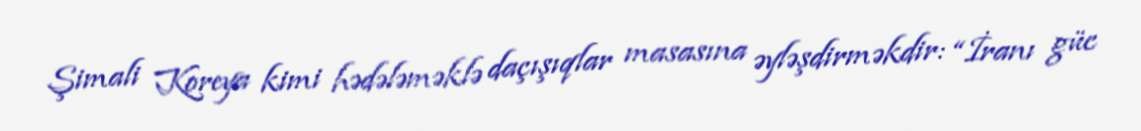
Şimali Koreya kimi hədələməklə daçışıqlar masasına əyləşdirməkdir: “İranı güc